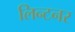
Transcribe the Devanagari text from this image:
लिन्टनर